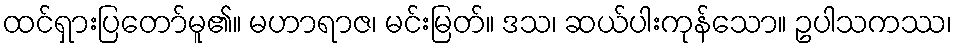
ထင်ရှားပြတော်မူ၏။ မဟာရာဇ၊ မင်းမြတ်။ ဒသ၊ ဆယ်ပါးကုန်သော။ ဥပါသကဿ၊